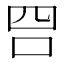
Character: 𠰝